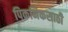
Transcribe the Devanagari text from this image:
पिकनिकसाठी